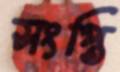
সংপ্তি